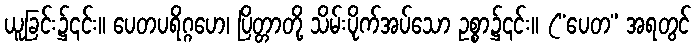
ယူခြင်း၌၎င်း။ ပေတပရိဂ္ဂဟေ၊ ပြိတ္တာတို့ သိမ်းပိုက်အပ်သော ဥစ္စာ၌၎င်း။ (“ပေတ” အရတွင်